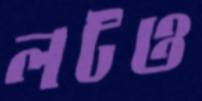
লটও